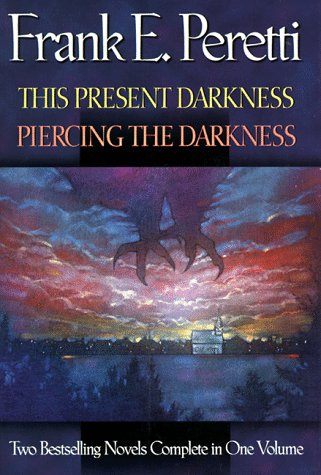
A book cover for This Present Darkness/Piercing the Darkness: Piercing the Darkness; Frank E. Peretti; Religion & Spirituality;